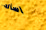
اسأله